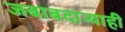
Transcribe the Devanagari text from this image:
जबाबदाऱ्याही